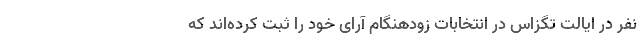
نفر در ایالت تگزاس در انتخابات زودهنگام آرای خود را ثبت کرده‌اند که